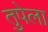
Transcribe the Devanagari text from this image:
तुपेला